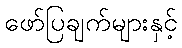
ဖော်ပြချက်များနှင့်